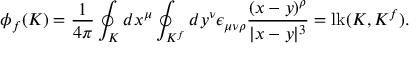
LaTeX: \phi _ { f } ( { \cal K } ) = { \frac { 1 } { 4 \pi } } \oint _ { \cal K } d x ^ { \mu } \oint _ { { \cal K } ^ { f } } d y ^ { \nu } \epsilon _ { \mu \nu \rho } { \frac { ( x - y ) ^ { \rho } } { | x - y | ^ { 3 } } } = \mathrm { l k } ( { \cal K } , { \cal K } ^ { f } ) .